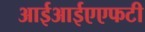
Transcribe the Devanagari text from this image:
आईआईएएफटी